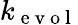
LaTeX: k_{\mathrm{~e~v~o~l~}}